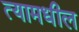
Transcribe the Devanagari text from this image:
त्‍यामधील